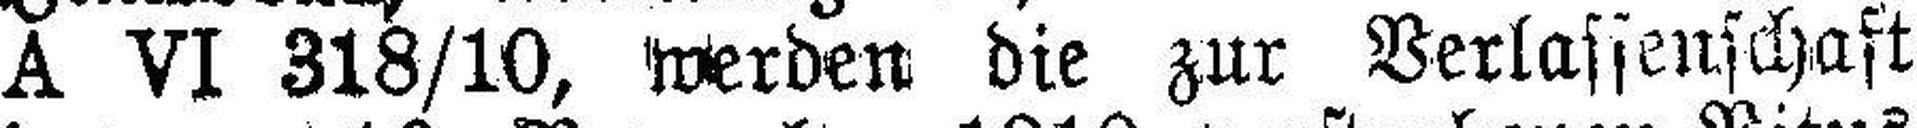
A VI 318/10, werden die zur Verlassenschaft